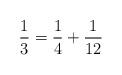
LaTeX: \begin{align*}\frac{1}{ 3} = \frac{1}{ 4} + \frac{1}{ 12} \end{align*}